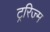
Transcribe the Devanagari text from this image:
ट्ररिज्म